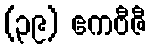
(၃၉) ဧကဗီဇီ